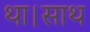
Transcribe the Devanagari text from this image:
था।साथ